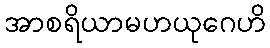
အာစရိယာမဟယုဂေဟိ